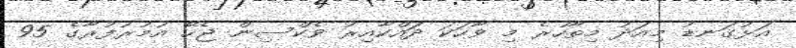
އަޅުގަނޑު މިއަދު މިތާހުރެ މި ވާހަކަ ދައްކާއިރު ވެކްސިން ޖެހޭ އުމުރުފުރާގެ 95